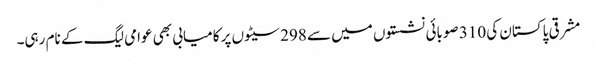
مشرقی پاکستان کی 310 صوبائی نشستوں میں سے 298 سیٹوں پر کامیابی بھی عوامی لیگ کے نام رہی۔